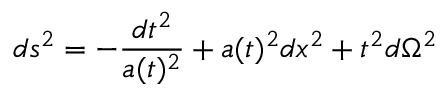
d s ^ { 2 } = - \frac { d t ^ { 2 } } { a ( t ) ^ { 2 } } + a ( t ) ^ { 2 } d x ^ { 2 } + t ^ { 2 } d \Omega ^ { 2 }